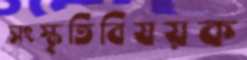
সংস্কৃতিবিষয়ক